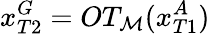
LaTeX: x_{T2}^{G}=OT_{\mathcal{M}}(x_{T1}^{A})